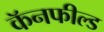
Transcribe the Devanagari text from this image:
कॅनफील्ड